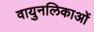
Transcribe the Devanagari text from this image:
वायुनलिकाओं